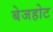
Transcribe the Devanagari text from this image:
बेजहोट